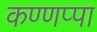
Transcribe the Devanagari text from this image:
कण्णप्पा